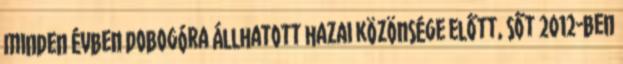
minden évben dobogóra állhatott hazai közönsége előtt, sőt 2012-ben